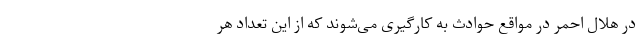
در هلال احمر در مواقع حوادث به کارگیری می‌شوند که از این تعداد هر